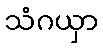
သံဂယှာ